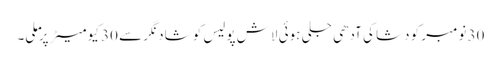
30 نومبر کو دشا کی آدھی جلی ہوئی لاش پولیس کو شاد نگر سے 30 کیو میٹر پر ملی۔